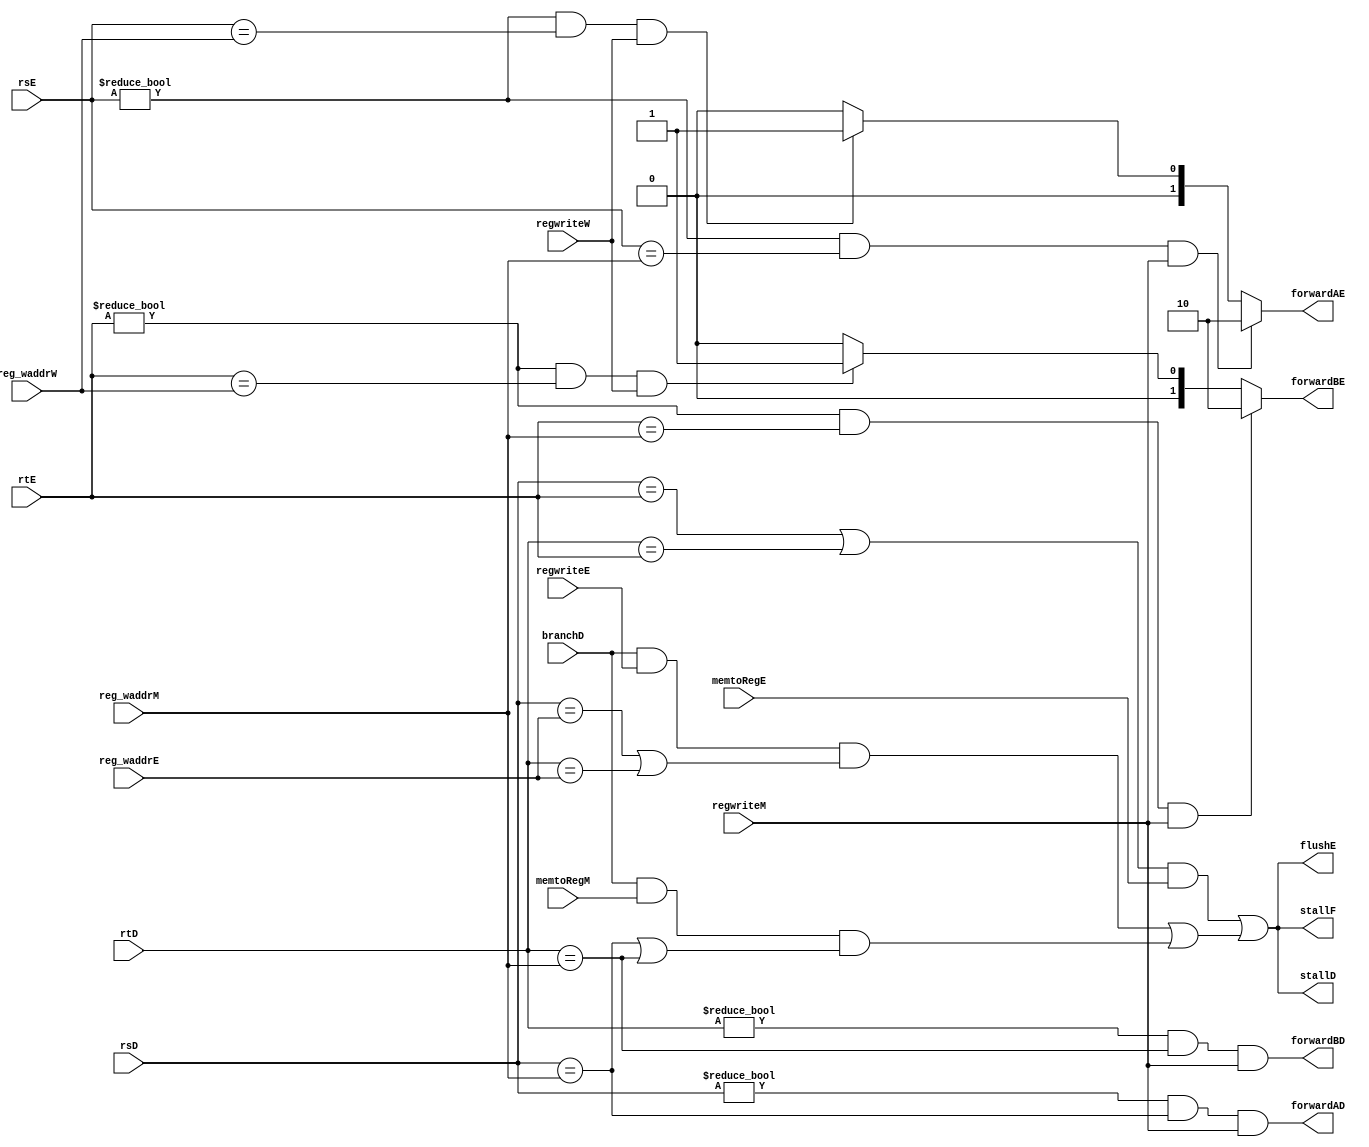
`timescale 1ns/1ps
module hazard (
    input wire regwriteE,regwriteM,regwriteW,memtoRegE,memtoRegM,branchD,
    input wire [4:0]rsD,rtD,rsE,rtE,reg_waddrM,reg_waddrW,reg_waddrE,
    output wire stallF,stallD,flushE,forwardAD,forwardBD,
    output wire[1:0] forwardAE, forwardBE
);
    
    // 
    assign forwardAE =  ((rsE != 5'b0) & (rsE == reg_waddrM) & regwriteM) ? 2'b10: // 
                        ((rsE != 5'b0) & (rsE == reg_waddrW) & regwriteW) ? 2'b01: // 
                        2'b00; // 
    assign forwardBE =  ((rtE != 5'b0) & (rtE == reg_waddrM) & regwriteM) ? 2'b10: // 
                        ((rtE != 5'b0) & (rtE == reg_waddrW) & regwriteW) ? 2'b01: // 
                        2'b00; //  
    
    //  
    // 0  1 
    assign forwardAD = (rsD != 5'b0) & (rsD == reg_waddrM) & regwriteM;
    assign forwardBD = (rtD != 5'b0) & (rtD == reg_waddrM) & regwriteM;
    
    //  decode  rs  rt lw rtE
    wire lwstall,branch_stall; // 
    assign lwstall = ((rsD == rtE) | (rtD == rtE)) & memtoRegE;
    assign branch_stall =   (branchD & regwriteE & ((rsD == reg_waddrE)|(rtD == reg_waddrE))) | // 
                            (branchD & memtoRegM & ((rsD == reg_waddrM)|(rtD == reg_waddrM))); // 
    
    assign stallF = lwstall | branch_stall;
    assign stallD = lwstall | branch_stall;
    assign flushE = lwstall | branch_stall;
endmodule